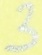
Text: 3